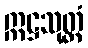
ဣဋ္ဌသုတ္တံ